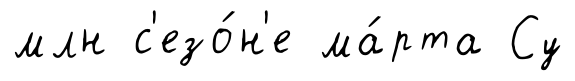
млн с'езо́н'е ма́рта Су